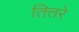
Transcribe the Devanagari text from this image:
तितरे